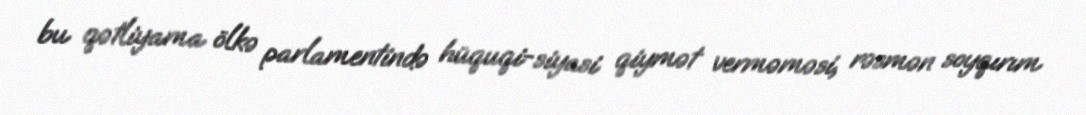
bu qətliyama ölkə parlamentində hüquqi-siyasi qiymət verməməsi, rəsmən soyqırım